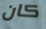
كان